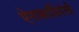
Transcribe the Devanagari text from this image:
ऐनाकार्डियेसी